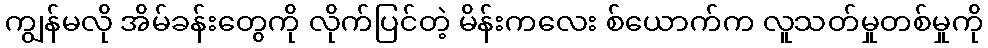
ကျွန်မလို အိမ်ခန်းတွေကို လိုက်ပြင်တဲ့ မိန်းကလေး စ်ယောက်က လူသတ်မှုတစ်မှုကို